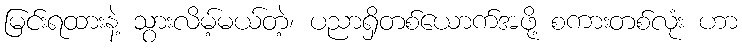
မြင်းရထားနဲ့ သွားလိမ့်မယ်တဲ့၊ ပညာရှိတစ်ယောက်အဖို့ စကားတစ်လုံး ဟာ